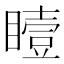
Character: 𪾼